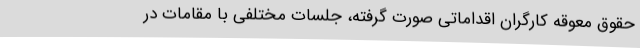
حقوق معوقه کارگران اقداماتی صورت گرفته، جلسات مختلفی با مقامات در